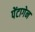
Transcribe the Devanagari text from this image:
पेंटागेन